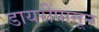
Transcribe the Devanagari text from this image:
डायरींपासून